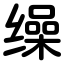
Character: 缲